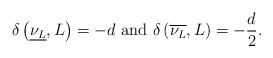
LaTeX: \begin{align*}\delta\left(\underline{\nu_L},L\right)=-d\textup{ and }\delta\left(\overline{\nu_L},L\right)=-\frac{d}{2}.\end{align*}